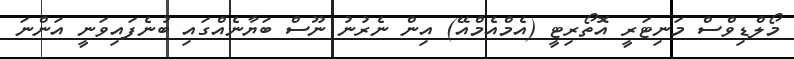
މޯލްޑިވްސް މަނިޓަރީ އޮތޯރިޓީ (އެމްއެމްއޭ) އިން ނެރުނު ނޫސް ބަޔާނެއްގައި ބުނެފައިވަނީ އަންނަ